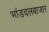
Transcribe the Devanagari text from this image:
भांडवलबाजार